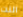
النت